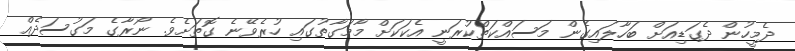
ދެމީހުން ދެގަޑިއަށް ބަހާލައިގެން މަސައްކަތްކުރަނީ އެކަކަށް މާމަގާތުގައި ހުރެވޭނެ ގޮތަށެވެ. ނޯރާގެ މަގުސަދެއް